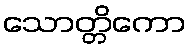
သောတ္တိကော